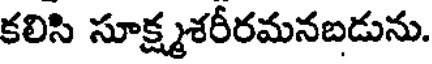
కలిసి సూక్ష్మశరీరమనబడును.